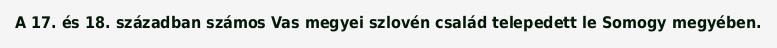
A 17. és 18. században számos Vas megyei szlovén család telepedett le Somogy megyében.